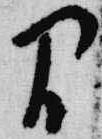
間